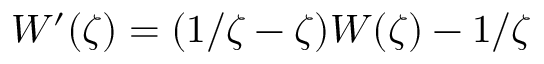
W ^ { \prime } ( \zeta ) = ( 1 / \zeta - \zeta ) W ( \zeta ) - 1 / \zeta